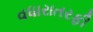
વધારાતરફી